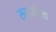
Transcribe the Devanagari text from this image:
सर्काविला